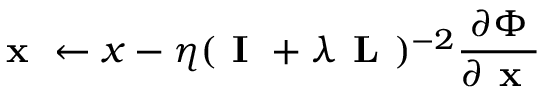
\textbf { x } \leftarrow x - \eta ( \textbf { I } + \lambda \textbf { L } ) ^ { - 2 } \frac { \partial \Phi } { \partial \textbf { x } }